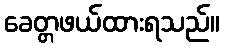
ခေတ္တဖယ်ထားရသည်။